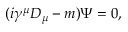
( i \gamma ^ { \mu } D _ { \mu } - m ) \Psi = 0 ,